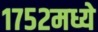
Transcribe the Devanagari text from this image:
१७५२मध्ये